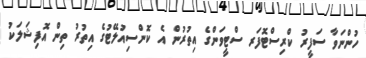
ހުންނަވާ ސަފީރު ކްރިސްޓޮފަރ ސްޓީވަންގެ އިތުރުން އެ ކޮންސިއުލޭޓުގެ އިތުރު ތިން އޮފިޝަލަކު